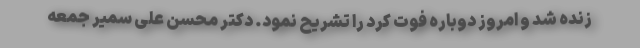
زنده شد و امروز دوباره فوت کرد را تشریح نمود. دکتر محسن علی سمیر جمعه